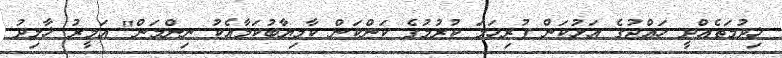
ޚިދުމަތެއްދީ ހައްޖުގެ އަޅުކަން ފުރިހަމަ ކުރުމުގެ ކަންކަން ކާމިޔާބުކަމާއެކު ނިންމަން" އަމީރު ޚާލިދު